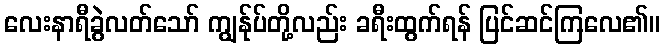
လေးနာရီခွဲလတ်သော် ကျွန်ုပ်တို့လည်း ခရီးထွက်ရန် ပြင်ဆင်ကြလေ၏။